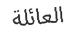
العائلة